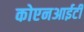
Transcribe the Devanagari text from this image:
कोएनआईटी